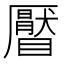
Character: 𥌅